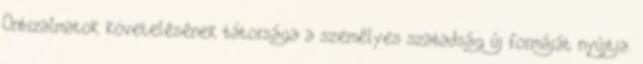
Önbizalmatok követelésének bátorsága a személyes szabadság új formáját nyújtja.